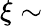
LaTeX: \xi\sim